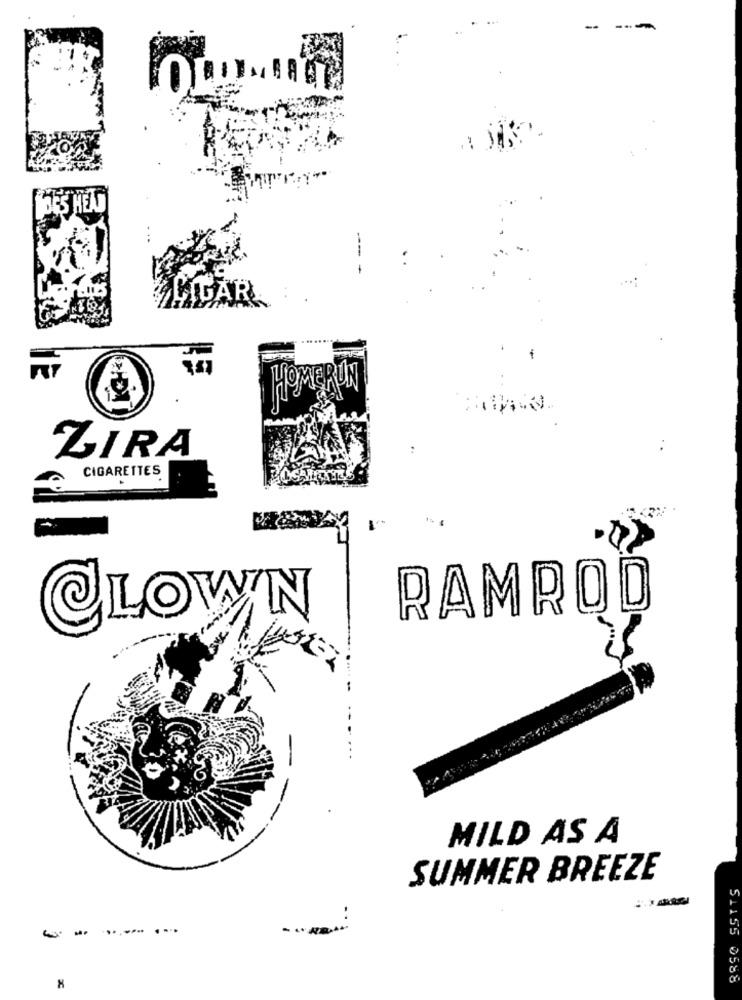
BES HEAD
LIGAR
..
ZIRA
CIGARETTES
RAMROD
CLOWN
MILD AS A
SUMMER BREEZE
....... ....
51155 0588